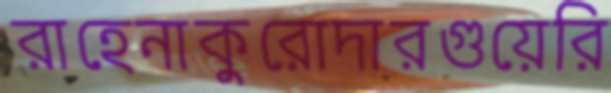
রাহেনাকুরোদারগুয়েরি